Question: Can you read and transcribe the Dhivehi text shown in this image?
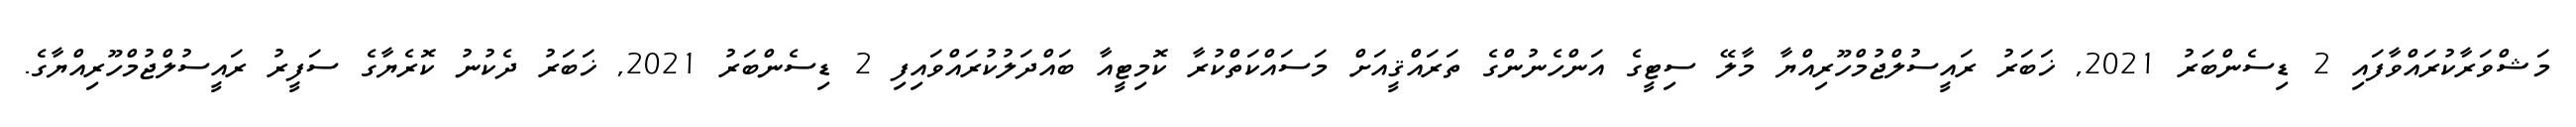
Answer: މަޝްވަރާކުރައްވާފައި 2 ޑިސެންބަރު 2021, ޚަބަރު ރައީސުލްޖުމްހޫރިއްޔާ މާލޭ ސިޓީގެ އަންހެނުންގެ ތަރައްޤީއަށް މަސައްކަތްކުރާ ކޮމިޓީއާ ބައްދަލުކުރައްވައިފި 2 ޑިސެންބަރު 2021, ޚަބަރު ދެކުނު ކޮރެޔާގެ ސަފީރު ރައީސުލްޖުމްހޫރިއްޔާގެ.